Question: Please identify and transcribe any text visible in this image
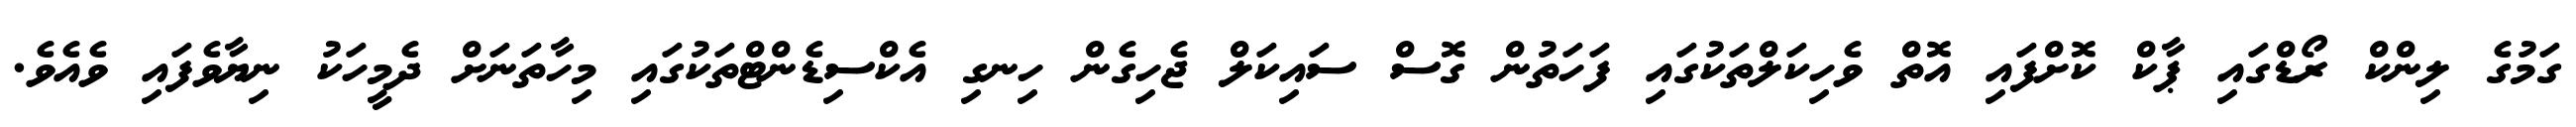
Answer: ގަމުގެ ލިންކް ރޯޑްގައި ޕާކް ކޮށްފައި އޮތް ވެހިކަލްތަކުގައި ފަހަތުން ގޮސް ސައިކަލް ޖެހިގެން ހިނގި އެކްސިޑެންޓްތަކުގައި މިހާތަނަށް ދެމީހަކު ނިޔާވެފައި ވެއެވެ.